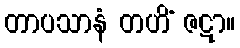
တာပသာနံ တဟိံ ဇဋာ။